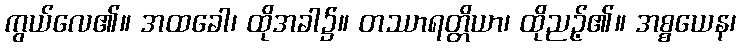
ကွယ်လေ၏။ အထခေါ၊ ထိုအခါ၌။ တဿာရတ္တိယာ၊ ထိုညဉ့်၏။ အစ္စယေန၊